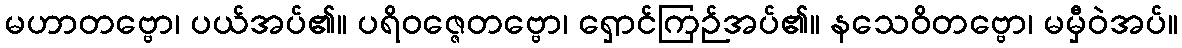
မဟာတဗ္ဗော၊ ပယ်အပ်၏။ ပရိဝဇ္ဇေတဗ္ဗော၊ ရှောင်ကြဉ်အပ်၏။ နသေဝိတဗ္ဗော၊ မမှီဝဲအပ်။